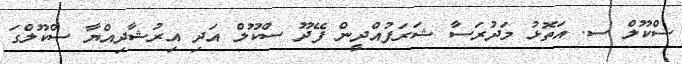
ސްކޫލް ސ. އަތޮޅު މަދުރަސާ ޝަރަފުއްދީން ފޭދޫ ސްކޫލް އަދި އިރުޝާދިއްޔާ ސްކޫލްގަ